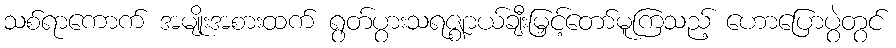
သစ်ရာကောက် အမျိုးအစားထက် ရွတ်ပွားသရဇ္ဈာယ်ချီးမြှင့်တော်မူကြသည့် ဟောပြောပွဲတွင်